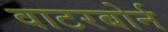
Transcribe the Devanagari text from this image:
वाटरबोर्न